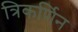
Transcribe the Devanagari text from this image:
त्रिकर्णिन